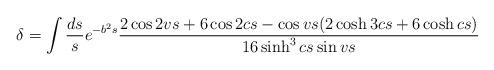
LaTeX: \begin{align*}\delta =\int \frac{ds}{s} e^{-b^2 s} \frac{2\cos 2vs +6\cos 2cs -\cos vs (2\cosh 3cs +6\cosh cs)}{16\sinh^{3} cs \sin vs}\end{align*}